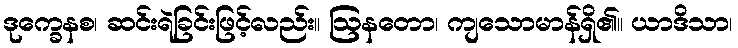
ဒုက္ခေနစ၊ ဆင်းရဲခြင်းဖြင့်လည်း။ ဩနတော၊ ကျသောမာန်ရှိ၏။ ယာဒိသာ၊